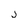
Character: j